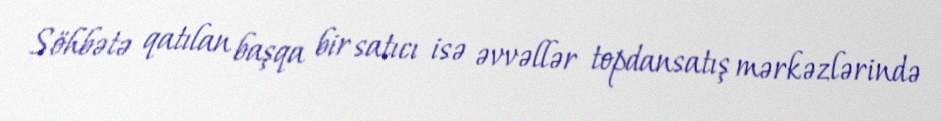
Söhbətə qatılan başqa bir satıcı isə əvvəllər topdansatış mərkəzlərində